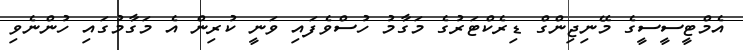
އެމްޓީސީސީގެ މޭނިޖިންގް ޑިރެކްޓަރުގެ މަގާމު ހުސްވެފައި ވަނީ ކުރިން އެ މަގާމުގައި ހުންނެވި